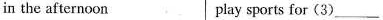
in the afternoon play sports for (3)___